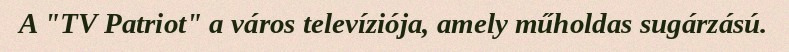
A "TV Patriot" a város televíziója, amely műholdas sugárzású.